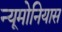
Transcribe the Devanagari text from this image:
न्यूमोनियास